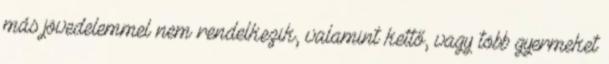
más jövedelemmel nem rendelkezik, valamint kettő, vagy több gyermeket